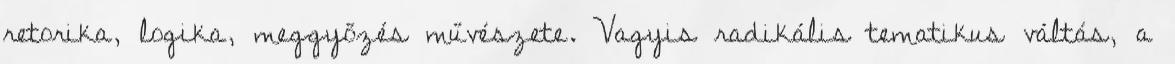
retorika, logika, meggyőzés művészete. Vagyis radikális tematikus váltás, a